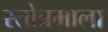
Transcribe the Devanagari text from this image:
स्तोत्रमाला